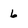
Character: 6